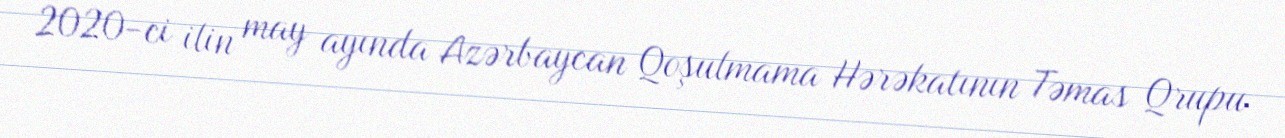
2020-ci ilin may ayında Azərbaycan Qoşulmama Hərəkatının Təmas Qrupu